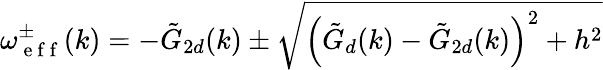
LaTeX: \omega_{\mathrm{~e~f~f~}}^{\pm}(k)=-\tilde{G}_{2d}(k)\pm\sqrt{\left(\tilde{G}_{d}(k)-\tilde{G}_{2d}(k)\right)^{2}+h^{2}}